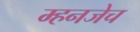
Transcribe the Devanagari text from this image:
म्हनजेच